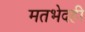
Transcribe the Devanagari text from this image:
मतभेदही